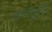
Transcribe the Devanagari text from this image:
कव्वामुद्दीन